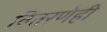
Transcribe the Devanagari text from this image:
वितरणेही